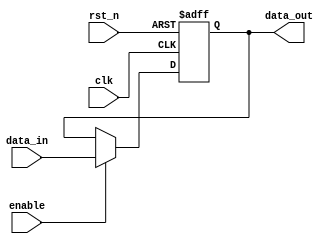
module output_register (
    input wire clk,          // Clock signal
    input wire rst_n,       // Active low asynchronous reset
    input wire enable,      // Enable signal
    input wire [WIDTH-1:0] data_in, // Data input from combinational logic
    output reg [WIDTH-1:0] data_out // Output data
);
    parameter WIDTH = 8; // Define the width of the register (can be adjusted)

    // Asynchronous reset and synchronous capture on clock edge
    always @(posedge clk or negedge rst_n) begin
        if (!rst_n) begin
            // Asynchronous reset
            data_out <= {WIDTH{1'b0}}; // Set output to zero
        end else if (enable) begin
            // Capture data on clock edge if enabled
            data_out <= data_in;
        end
        // If not enabled, retain previous value (no action required)
    end
endmodule